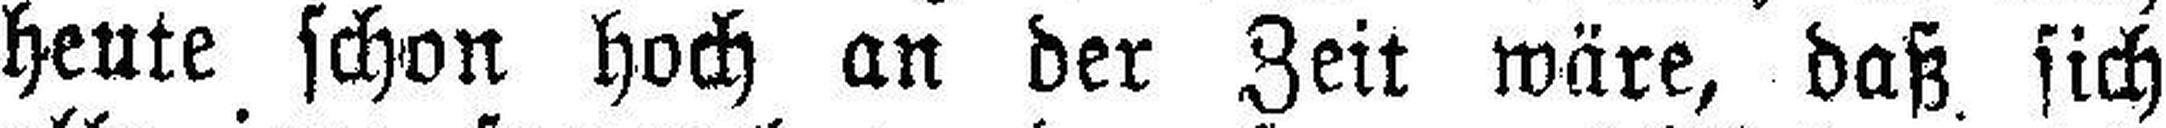
heute schon hoch an der Zeit wäre, daß sich